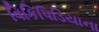
વિકિપિડિયાના